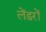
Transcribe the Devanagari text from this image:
लेंडरों